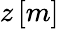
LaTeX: z\, [m]